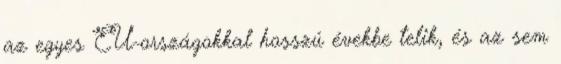
az egyes EU-országokkal hosszú évekbe telik, és az sem